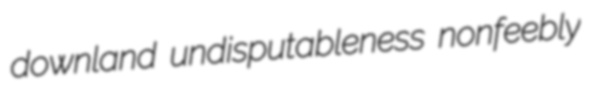
downland undisputableness nonfeebly